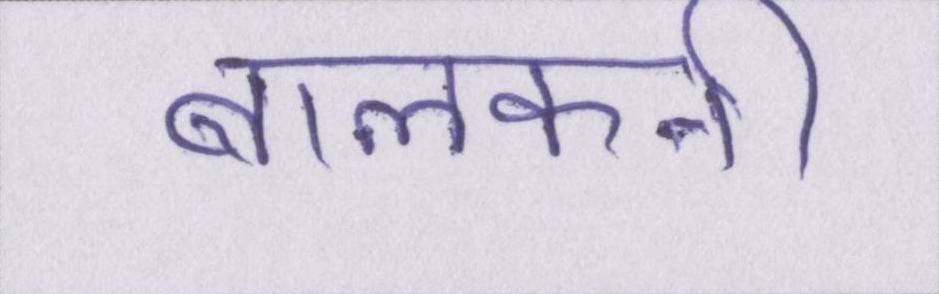
बालकनी